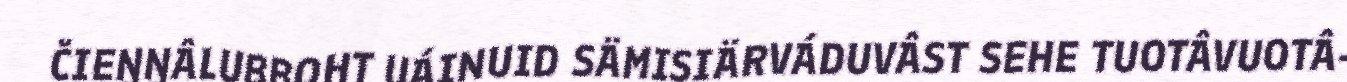
ČIEŊŊÂLUBBOHT UÁINUID SÄMISIÄRVÁDUVÂST SEHE TUOTÂVUOTÂ-